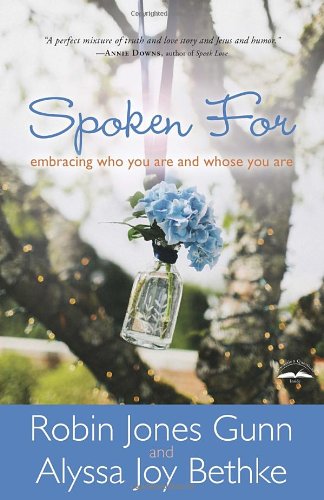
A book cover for Spoken For: Embracing Who You Are and Whose You Are; Robin Jones Gunn; Self-Help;